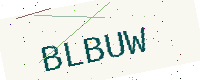
Text: BLBUW